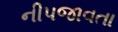
નીપજાવતા